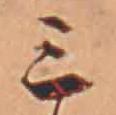
ミ